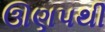
ઊણપથી